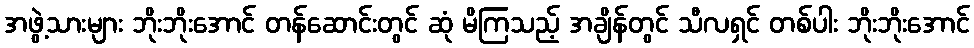
အဖွဲ့သားများ ဘိုးဘိုးအောင် တန်ဆောင်းတွင် ဆုံ မိကြသည့် အချိန်တွင် သီလရှင် တစ်ပါး ဘိုးဘိုးအောင်